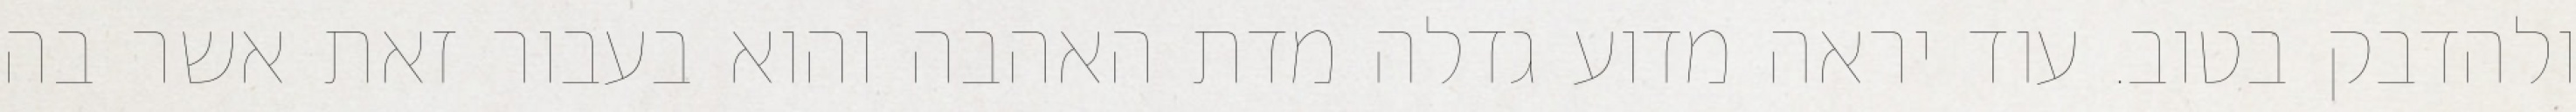
ולהדבק בטוב. עוד יראה מדוע גדלה מדת האהבה והוא בעבור זאת אשר בה